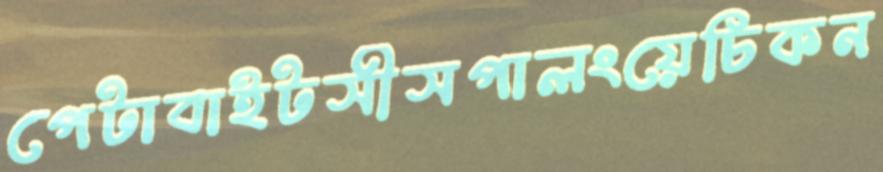
পেটাবাইটসীসপালংয়েচিকন